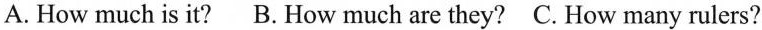
A. How much is it? B. How much are they? C. How many rulers?